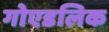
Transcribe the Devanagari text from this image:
गोएडलिक